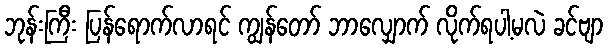
ဘုန်းကြီး ပြန်ရောက်လာရင် ကျွန်တော် ဘာလျှောက် လိုက်ရပါ့မလဲ ခင်ဗျာ